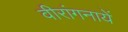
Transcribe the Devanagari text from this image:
वीरांगनायें